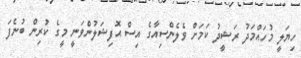
ހިޔަލީ މުހައްމަދު ރަޝީދު ކަމަށް ވެލެންސިއާގެ އިސް އޮފިޝަލުންވަނީ މީގެ ކުރިން ބުނެފަ